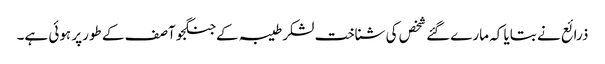
ذرائع نے بتایا کہ مارےگئے شخص کی شناخت لشکرطیبہ کےجنگجو آصف کے طورپر ہوئی ہے۔